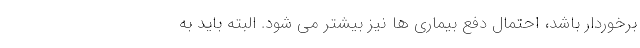
برخوردار باشد، احتمال دفع بیماری ها نیز بیشتر می شود. البته باید به